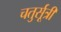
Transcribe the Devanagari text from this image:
चतुर्सूत्री